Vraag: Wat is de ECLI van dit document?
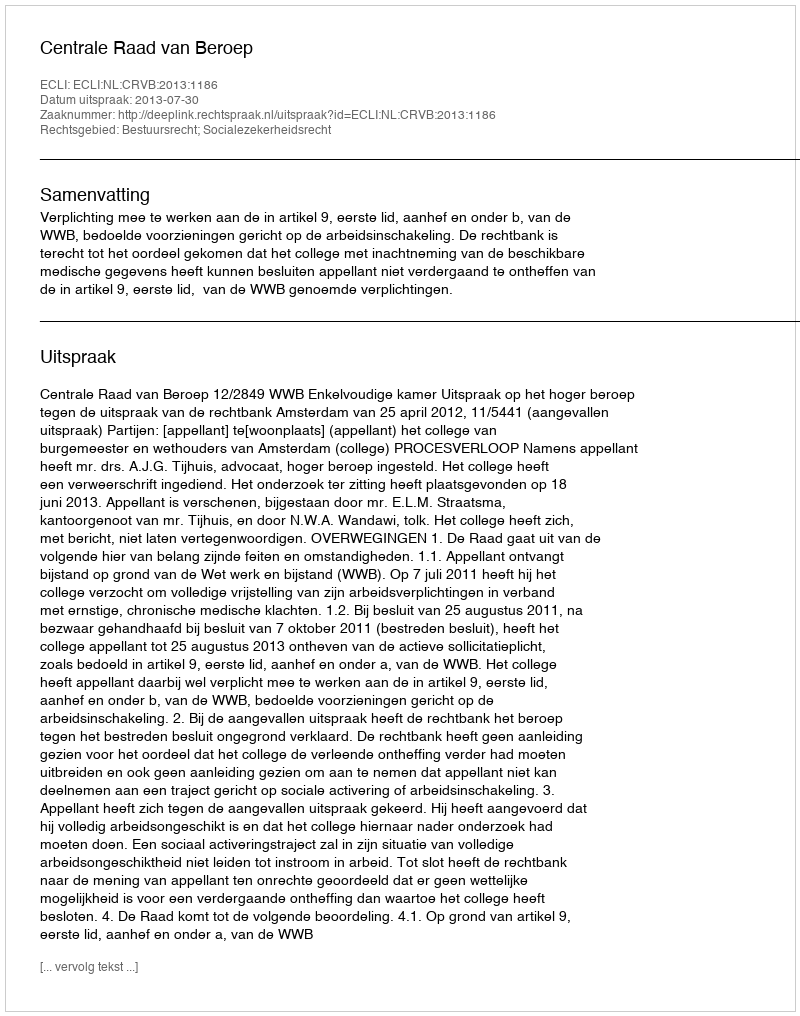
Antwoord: ECLI:NL:CRVB:2013:1186